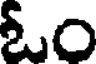
ఓం